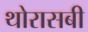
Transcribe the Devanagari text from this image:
थोरासबी